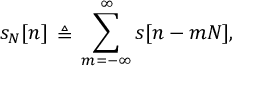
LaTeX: s _ { N } [ n ] \, \triangleq \, \sum _ { m = - \infty } ^ { \infty } s [ n - m N ] ,